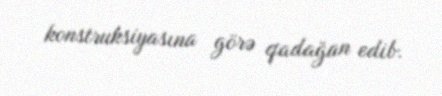
konstruksiyasına görə qadağan edib.